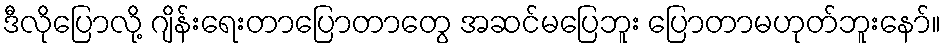
ဒီလိုပြောလို့ ဂျိန်းရေးတာပြောတာတွေ အဆင်မပြေဘူး ပြောတာမဟုတ်ဘူးနော်။